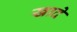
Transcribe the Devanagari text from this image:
खादे